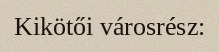
Kikötői városrész: